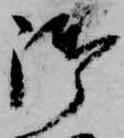
御